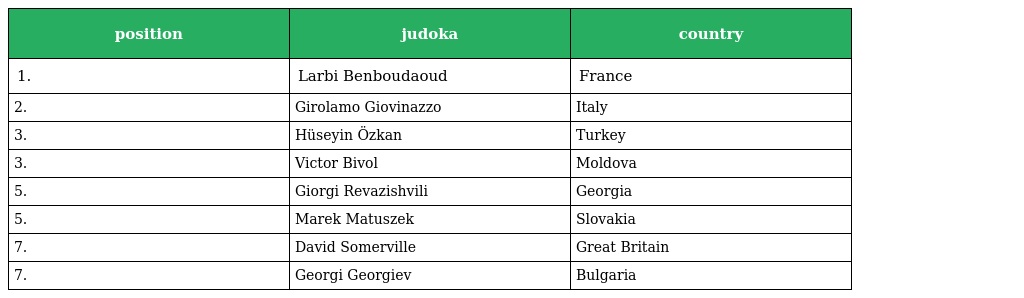
| position | judoka | country |
 | --- | --- | --- |
 | 1. | Larbi Benboudaoud | France |
 | 2. | Girolamo Giovinazzo | Italy |
 | 3. | Hüseyin Özkan | Turkey |
 | 3. | Victor Bivol | Moldova |
 | 5. | Giorgi Revazishvili | Georgia |
 | 5. | Marek Matuszek | Slovakia |
 | 7. | David Somerville | Great Britain |
 | 7. | Georgi Georgiev | Bulgaria |